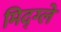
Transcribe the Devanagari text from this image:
मिद्ग्ले